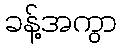
ခန့်အကွာ